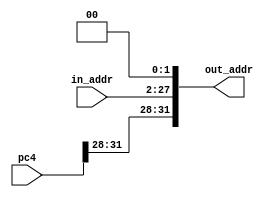
`timescale 1ns / 1ps
//////////////////////////////////////////////////////////////////////////////////
// Company:
// Engineer:
//
// Design Name:
// Module Name: JHandle
// Project Name:
// Target Devices:
// Tool Versions:
// Description:
//
// Dependencies:
//
// Revision:
// Revision 0.01 - File Created
// Additional Comments:
//
//////////////////////////////////////////////////////////////////////////////////


module JHandle(
    input [25:0] in_addr,
    input [31:0] pc4,

    output [31:0] out_addr
    );

    assign out_addr = {pc4[31:28],in_addr[25:0],2'b00};
endmodule